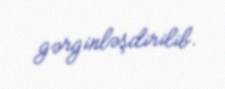
gərginləşdirilib.